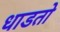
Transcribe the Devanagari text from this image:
धाडतो